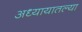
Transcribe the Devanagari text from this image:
अध्यायातल्या